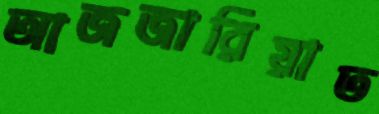
আজজারিয়াত